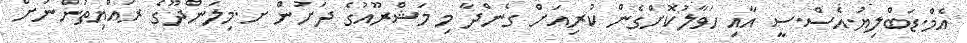
އެމް.ޑަބްލިޔު.އެސް.ސީ އާއި ހަވާލުކޮށްގެން ކުރިއަށް ގެންދާ މި މަޝްރޫއުގެ ދަށުން ށ.މިލަންދޫގެ ރައްޔިތުންނަށް